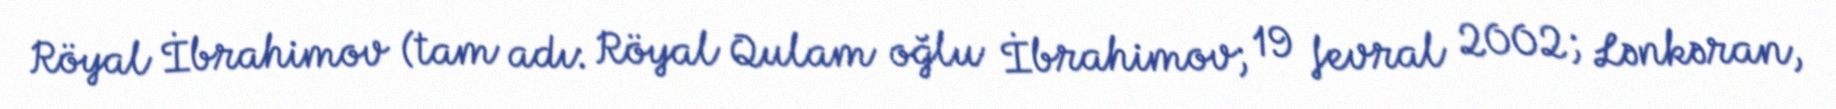
Röyal İbrahimov (tam adı: Röyal Qulam oğlu İbrahimov; 19 fevral 2002; Lənkəran,